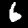
Label: 6